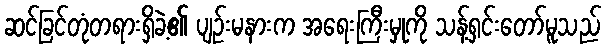
ဆင်ခြင်တုံတရားရှိခဲ့၏ ပျဉ်းမနားက အရေးကြီးမှုကို သန့်ရှင်းတော်မူသည်